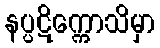
နပ္ပဋိက္ကောသိမှာ